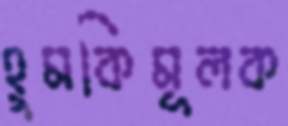
হুমকিমূলক